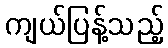
ကျယ်ပြန့်သည့်